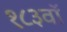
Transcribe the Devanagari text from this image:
१८३वॉ